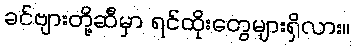
ခင်ဗျားတို့ဆီမှာ ရင်ထိုးတွေများရှိလား။